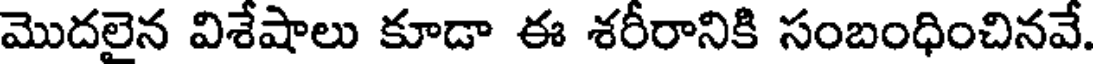
మొదలైన విశేషాలు కూడా ఈ శరీరానికి సంబంధించినవే